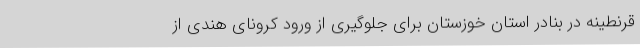
قرنطینه در بنادر استان خوزستان برای جلوگیری از ورود کرونای هندی از